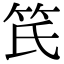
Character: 𥫽